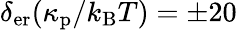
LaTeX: \delta_{\mathrm{er}}(\kappa_{\mathrm{p}}/k_{\mathrm{B}}T)=\pm 20